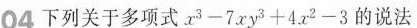
04下列关于多项式x^{3}-7xy^{3}+4x^{2}-3的说法